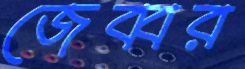
জেব্বর